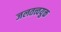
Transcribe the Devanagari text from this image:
जलतत्त्वयुक्त